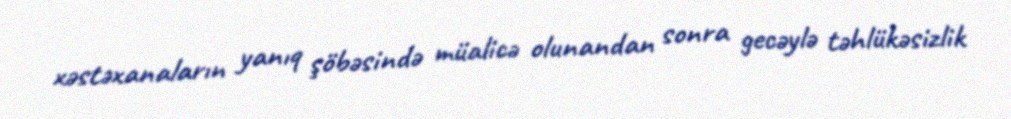
xəstəxanaların yanıq şöbəsində müalicə olunandan sonra gecəylə təhlükəsizlik